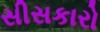
સીસકારો